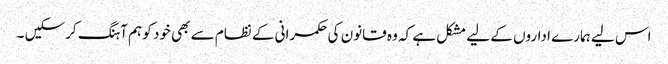
اس لیے ہمارے اداروں کے لیے مشکل ہے کہ وہ قانون کی حکمرانی کے نظام سے بھی خود کو ہم آہنگ کرسکیں ۔